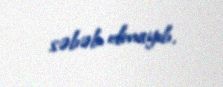
səbəb olmayıb.